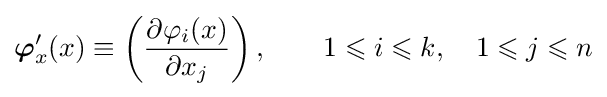
{\boldsymbol {\varphi }}_{x}'(x)\equiv \left({\frac {\partial \varphi _{i}(x)}{\partial x_{j}}}\right),\qquad 1\leqslant i\leqslant k,\quad 1\leqslant j\leqslant n